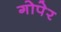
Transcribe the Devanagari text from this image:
गोपेर